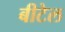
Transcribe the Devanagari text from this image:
बीटेल